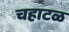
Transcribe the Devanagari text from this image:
चहाटळ